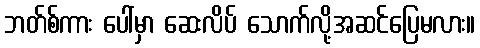
ဘတ်စ်ကား ပေါ်မှာ ဆေးလိပ် သောက်လို့အဆင်ပြေမလား။